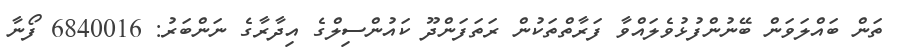
ތަން ބައްލަވަން ބޭނުންފުޅުވެލައްވާ ފަރާތްތަކުން ރަތަފަންދޫ ކައުންސިލްގެ އިދާރާގެ ނަންބަރު: 6840016 ފޯނާ